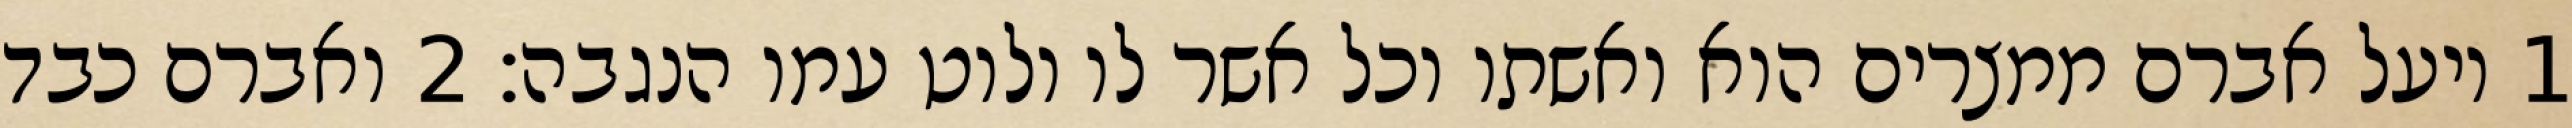
1 ויעל אברם ממצרים הוא ואשתו וכל אשר לו ולוט עמו הנגבה׃ ‎2‏ ואברם כבד